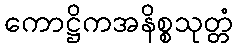
ကောဋ္ဌိကအနိစ္စသုတ္တံ